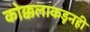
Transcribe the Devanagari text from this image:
कोक्कलाकडूनही